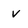
Character: v